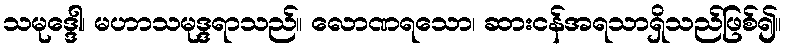
သမုဒ္ဒေါ၊ မဟာသမုဒ္ဒရာသည်။ လောဏရသော၊ ဆားငန်အရသာရှိသည်ဖြစ်၍။